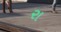
રા